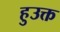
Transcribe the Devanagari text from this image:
हुउक्त